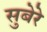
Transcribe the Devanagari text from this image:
सुबेरे